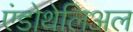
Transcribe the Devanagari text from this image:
एंडोथेलिअल